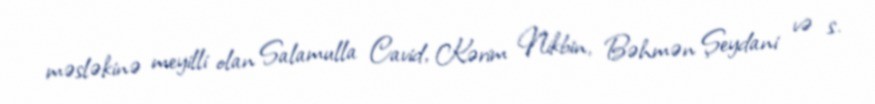
məsləkinə meyilli olan Salamulla Cavid, Kərim Nikbin, Bəhmən Şeydani və s.